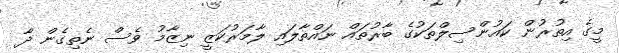
މީގެ އިތުރުން ކައުންސިލްތަކުގެ ބާރުތައް ނައްތާލައި ލާމަރުކަޒީ ނިޒާމު ވެސް ނެތިގެން ދާ